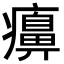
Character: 𤻖